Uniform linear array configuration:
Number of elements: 48
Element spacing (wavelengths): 0.25
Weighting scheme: hann
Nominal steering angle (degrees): -60
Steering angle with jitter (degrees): -59.828
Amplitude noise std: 0.05
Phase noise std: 0.05

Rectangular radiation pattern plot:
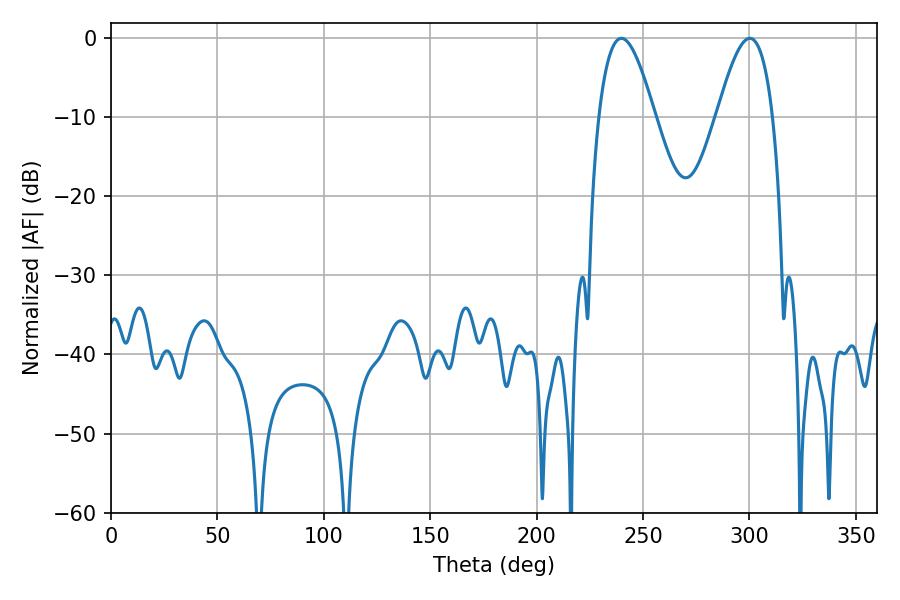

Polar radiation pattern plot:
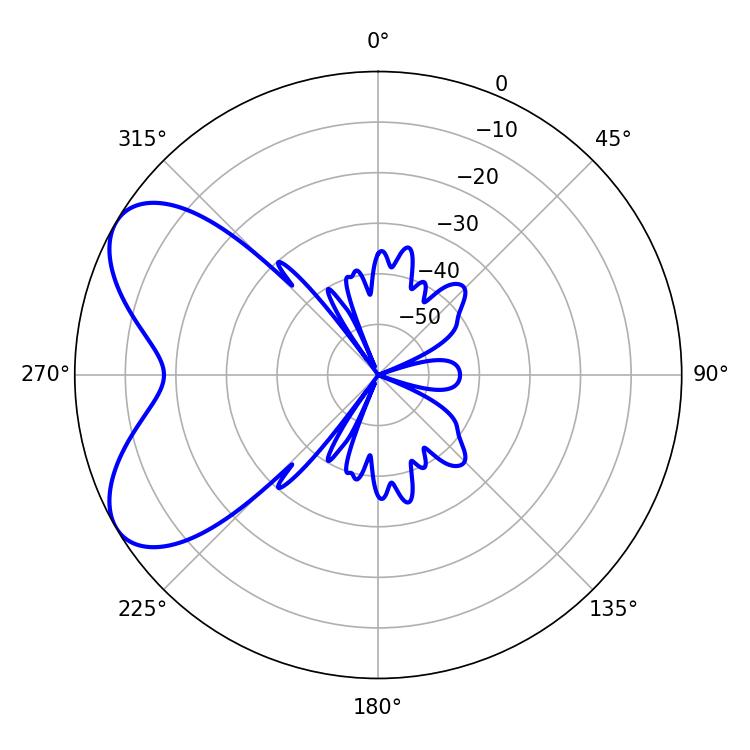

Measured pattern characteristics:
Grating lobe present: FALSE
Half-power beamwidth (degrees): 14.22
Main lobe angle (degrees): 239.76